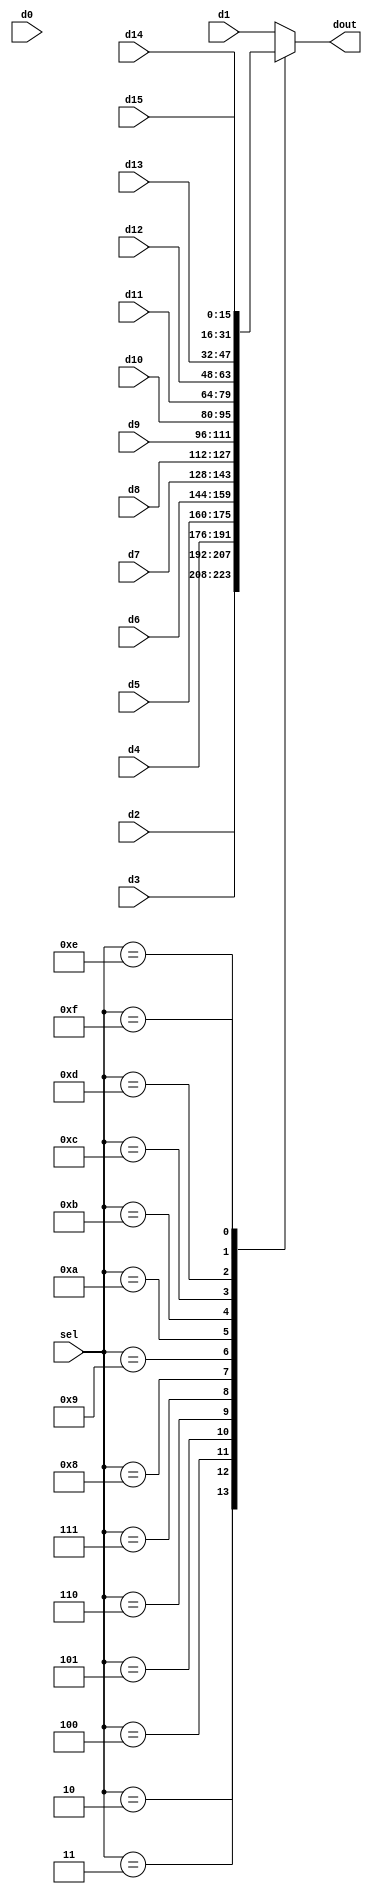
//multiplexer 16 to 1

module Mux16to1(sel, d0, d1,d2,d3,d4,d5,d6,d7,d8,d9,d10,d11,d12,d13,d14,d15, dout);
  input[3:0] sel;
  input[15:0] d0, d1,d2,d3,d4,d5,d6,d7,d8,d9,d10,d11,d12,d13,d14,d15; 

  output reg [15:0] dout;

  always@(*) begin
    case (sel)
      4'd1 : dout = d1;
      4'd2 : dout = d2;
      4'd3 : dout = d3;
      4'd4 : dout = d4;
      4'd5 : dout = d5;
      4'd6 : dout = d6;
      4'd7 : dout = d7;
      4'd8 : dout = d8;
      4'd9 : dout = d9;
      4'd10 : dout = d10;
      4'd11 : dout = d11;
      4'd12 : dout = d12;
      4'd13 : dout = d13;
      4'd14 : dout = d14;
      4'd15 : dout = d15;
      default : dout = d1;
    endcase
  end
  
  // assign dout = (sel == 4'd0) ? d0 :
  //               (sel == 4'd1) ? d1 :           
  //               (sel == 4'd2) ? d2 : 
  //               (sel == 4'd3) ? d3 :
  //               (sel == 4'd4) ? d4 :
  //               (sel == 4'd5) ? d5 :
  //               (sel == 4'd6) ? d6 :
  //               (sel == 4'd7) ? d7 :
  //               (sel == 4'd8) ? d8 :
  //               (sel == 4'd9) ? d9 :
  //               (sel == 4'd10) ? d10 :
  //               (sel == 4'd11) ? d11 : 
  //               (sel == 4'd12) ? d12 :
  //               (sel == 4'd13) ? d13 :
  //               d14;
     
endmodule